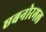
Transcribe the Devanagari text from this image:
एबनोरमल